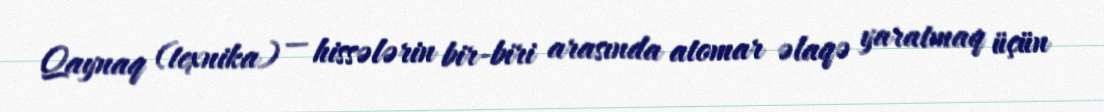
Qaynaq (texnika) — hissələrin bir-biri arasında atomar əlaqə yaratmaq üçün